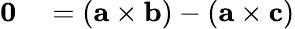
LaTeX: \begin{array}{rl}{\mathbf{0}}&{{}=(\mathbf{a}\times\mathbf{b})-(\mathbf{a}\times\mathbf{c})}\end{array}